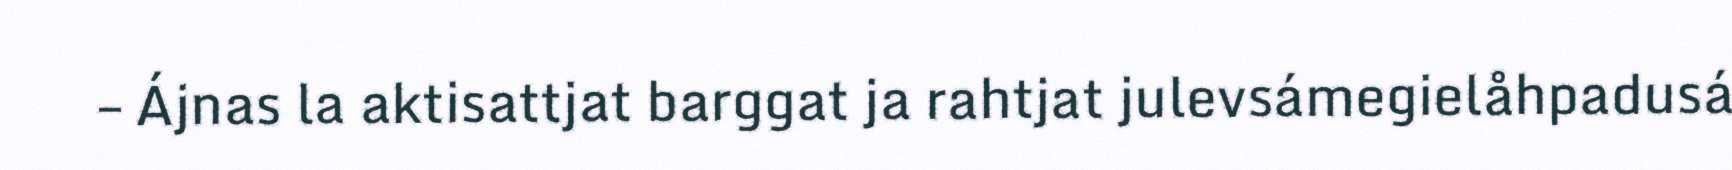
– Ájnas la aktisattjat barggat ja rahtjat julevsámegielåhpadusá